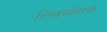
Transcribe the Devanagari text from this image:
शिवमंदिरके